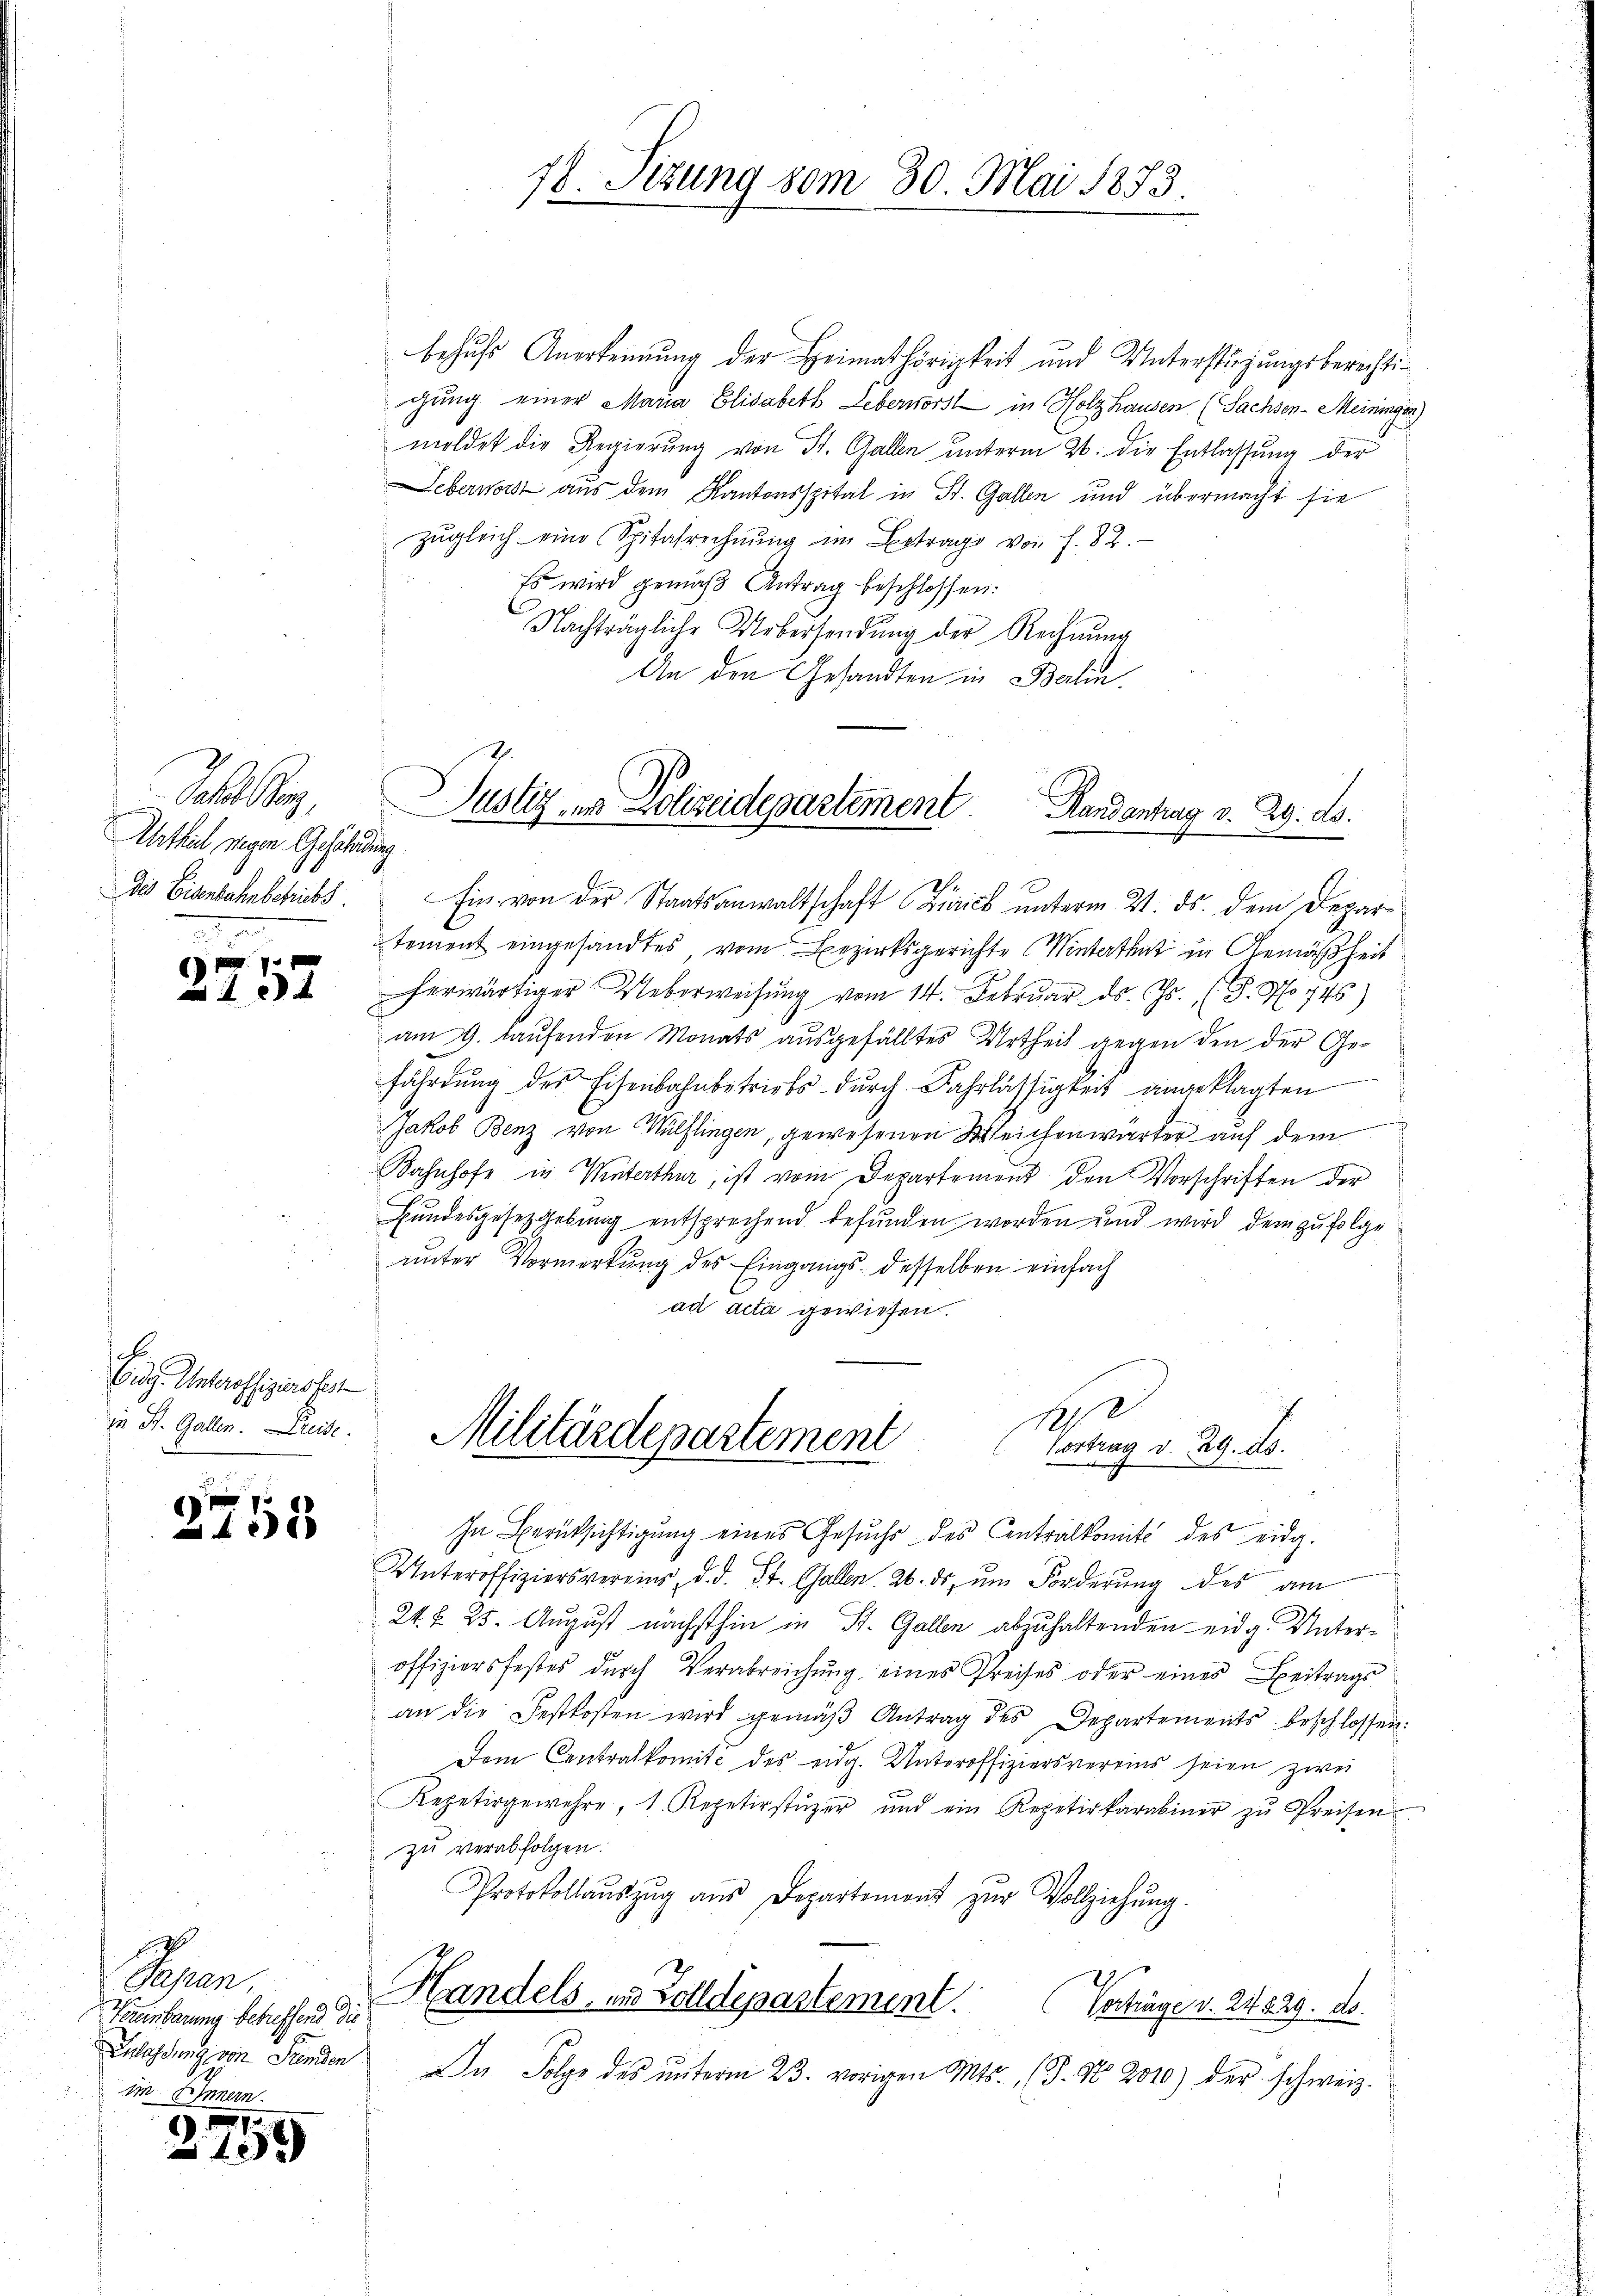
Ja. a.
Urtheil wegen Gefährdung
Des Eisenbahnbetriebs

e
158

d

)
n

f
.
42

Eidg. Interoffiziersfes
in St. Gallen. Dreise.

Bran
Feuerbauung betreffend die
Ich
Eulassung von Fremden
im Innern.

59

78. Sitzung vom 30. Mai 1873

behufs Anerkennung der Heimathörigkeit und Unterstüzungsberechtigŭng einer Maria Elisabeth Lebervorst in Holzhausen. (Sachsen-Meiningen)
meldet die Regierung von St. Gallen unterm 26. die Entlassung der
Lebernort aus dem Kantonsspital in St. Gallen und übermacht sie
zŭgleich eine Spitalrechnŭng im Betrage von f. 82.
Es wird gemäß Antrag beschlossen:
Nachträgliche Uebersendung der Rechnŭng
An den Gesandten in Balin
Ein von der Staatsanwaltschaft Zürich unterm 21. ds. dem Departement eingesandtes, vom Bezirksgerichte Winterthut in Gemäßheit
herwärtiger Ueberweisung vom 14. Februar d. Js. (T. No 745)
am 9. laufenden Monats ausgefälltes Urtheil gegen den der Gefährdung des Eisenbahnbetriebs dŭrch Fahrlässigkeit angeklagten
Jakob Benz von Wülflingen, gewesenen Weichenwärter auf dem
Bahnhofe in Winterthur, ist vom Departement den Vorschriften der
Bundesgesetzgebung entsprechend befunden worden und wird dem zufolge
unter Vormerkung des Eingangs desselben einfach
ad acta gewiesen.

Justiz er Polizeidepartement
Handantrag v. 29. ds.

s
Militärdepartement
Vortrag v. 29. ds.

In Berücksichtigung eines Gesuchs des Centralkomité des eidg.
Unteroffiziersvereins, d. d. St. Gallen. 26. ds. ŭm Forderung des am
24 f. 25. August nächsthin in St. Gallen abzuhaltenden eidg. Unteroffiziersfestes dŭrch Verabreichŭng eines Preises oder eines Beitrags
an die Festkosten wird gemäβ Antrag des Departements beschlossen:
Dem Centralkomite des eidg. Unteroffiziersvereins seien zwei
Repetirgewehre, 1. Repetirstüzer und ein Repetirkarabiner zŭ Preisen
zu verabfolgen.
Protokollaŭszŭg aŭs Departement zŭr Vollziehŭng.
Handels, und Zolldepartement.
Verträge v. 24829. ds.
Da Folge des ŭnterm 23. vorigen Mts. (T. No 2010) der schweiz.